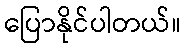
ပြောနိုင်ပါတယ်။